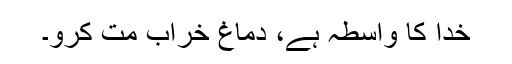
خدا کا واسطہ ہے، دماغ خراب مت کرو۔